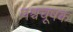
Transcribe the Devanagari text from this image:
पश्चचूषक